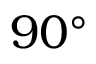
9 0 ^ { \circ }